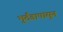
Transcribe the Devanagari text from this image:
भुर्दंडापासून